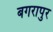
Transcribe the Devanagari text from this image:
बगरापुर